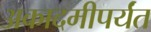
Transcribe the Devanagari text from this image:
अकादमीपर्यंत